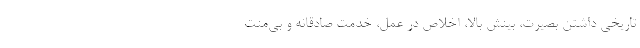
تاریخی داشتن بصیرت، بینش بالا، اخلاص در عمل، خدمت صادقانه و بی‌منت